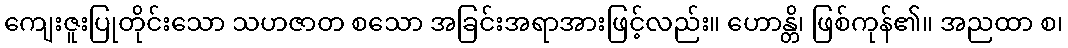
ကျေးဇူးပြုတိုင်းသော သဟဇာတ စသော အခြင်းအရာအားဖြင့်လည်း။ ဟောန္တိ၊ ဖြစ်ကုန်၏။ အညထာ စ၊